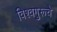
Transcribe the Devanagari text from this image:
विश्वगुरूचे